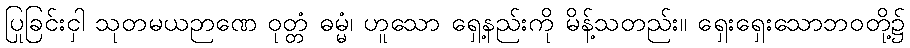
ပြုခြင်းငှါ သုတမယဉာဏေ ဝုတ္တံ ဓမ္မံ၊ ဟူသော ရှေ့နည်းကို မိန့်သတည်း။ ရှေးရှေးသောဘဝတို့၌